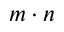
m \cdot n